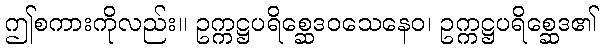
ဤစကားကိုလည်း။ ဥက္ကဋ္ဌပရိစ္ဆေဒဝသေနေဝ၊ ဥက္ကဋ္ဌပရိစ္ဆေဒ၏